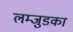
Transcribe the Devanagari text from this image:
लम्जुडका